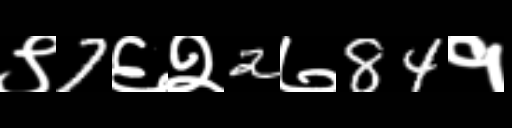
Text: ९7६२2७84१